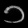
Digit: ၁